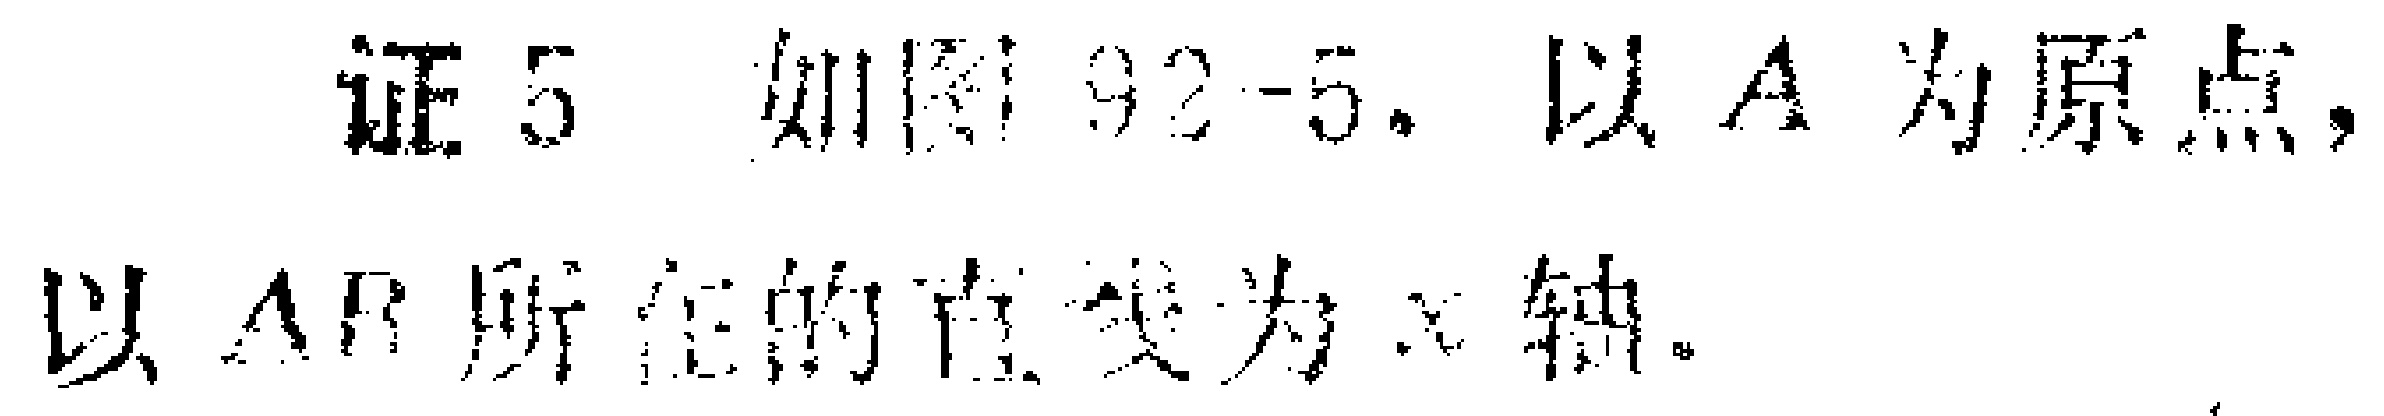
证 5 如图92 - 5，以 \(A\) 为原点，以 \(AB\) 所在的直线为 \(x\) 轴。